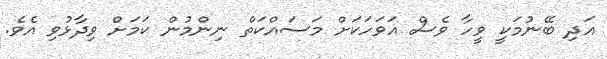
އަދި ބޭނުމަކީ ވީހާ ވެސް އަވަހަކަށް މަސައްކަތް ނިންމުން ކަމަށް ވިދާޅުވި އެވެ.